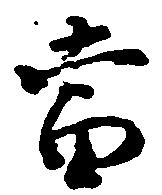
当